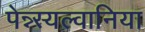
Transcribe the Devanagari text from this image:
पेन्न्स्यल्वानिया